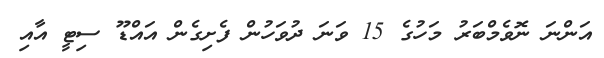
އަންނަ ނޮވެމްބަރު މަހުގެ 15 ވަނަ ދުވަހުން ފެށިގެން އައްޑޫ ސިޓީ އާއި